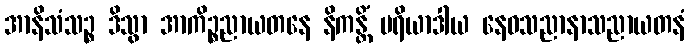
အာနိသံသဉ္စ ဒိသွာ အာကိဉ္စညာယတနေ နိကန္တိံ ပရိယာဒါယ နေဝသညာနာသညာယတနံ